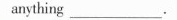
anything_______.